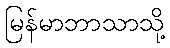
မြန်မာဘာသာသို့